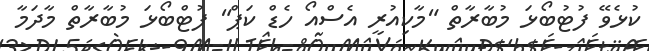
ކުޅެވޭ ފުޓުބޯޅަ މުބާރާތް "މާކިއުރީ އެސްއޯ ހެޑް ކަޕް" ފުޓްބޯޅަ މުބާރާތް މާދަމާ